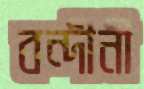
বন্দীনী